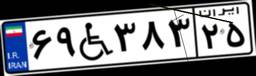
۹۲W۰۴۷۰۴